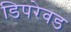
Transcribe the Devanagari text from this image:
डिपरेवड